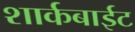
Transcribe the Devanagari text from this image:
शार्कबाईट